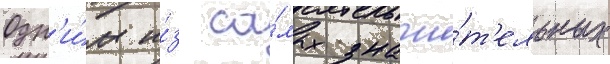
Одн'и́м и́з са́мых значи́т'ельных